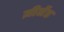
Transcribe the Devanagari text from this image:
ज़ीलेंड